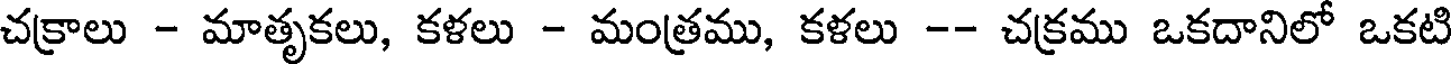
చక్రాలు - మాతృకలు, కళలు - మంత్రము, కళలు -- చక్రము ఒకదానిలో ఒకటి